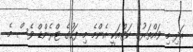
އަދި މި ވައްތަރުގެ ކަޓްއަކީ އެންމެ މި ފަހުގެ ޓްރެންޑް ވެސް މެ